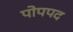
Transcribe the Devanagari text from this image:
पोपपद